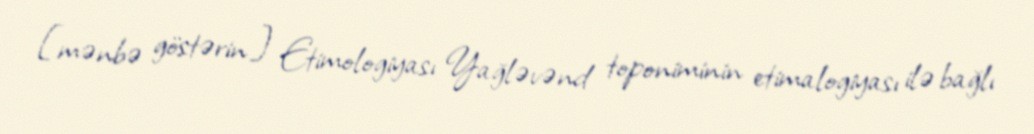
[mənbə göstərin] Etimologiyası Yağləvənd toponiminin etimalogiyası ilə bağlı